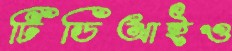
টিডিআইও